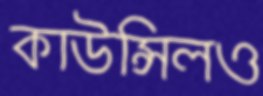
কাউন্সিলও